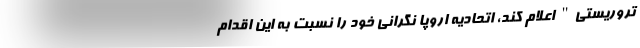
تروریستی" اعلام کند، اتحادیه اروپا نگرانی خود را نسبت به این اقدام